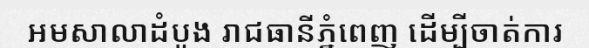
អមសាលាដំបូង រាជធានីភ្នំពេញ ដើម្បីចាត់ការ